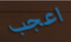
اعجب